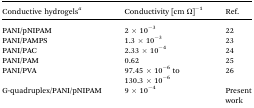
<table><thead><tr><td><b>Conductive hydrogels<sup><i>a</i></sup></b></td><td><b>Conductivity [cm Ω]<sup>–1</sup></b></td><td><b>Ref.</b></td></tr></thead><tbody><tr><td>PANI/pNIPAM</td><td>2 × 10<sup>–3</sup></td><td>22</td></tr><tr><td>PANI/PAMPS</td><td>1.3 × 10<sup>–3</sup></td><td>23</td></tr><tr><td>PANI/PAC</td><td>2.33 × 10<sup>–4</sup></td><td>24</td></tr><tr><td>PANI/PAM</td><td>0.62</td><td>25</td></tr><tr><td>PANI/PVA</td><td>97.45 × 10<sup>–6</sup> to 130.3 × 10<sup>–6</sup></td><td>26</td></tr><tr><td>G-quadruplex/PANI/pNIPAM</td><td>9 × 10<sup>–4</sup></td><td>Present work</td></tr></tbody></table>